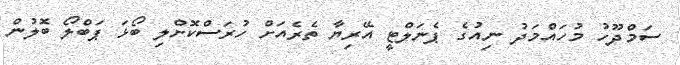
ސަމްދޫހު މުހައްމަދު ނިއުގެ ޕެނަލްޓީ އޭރިޔާ ތެރެއަށް ހުރަސްކޮށްލި ބޯޅަ ޕަބްލޯ ބޮލުން